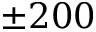
\pm 2 0 0